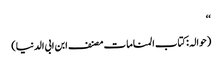
‘‘
(حوالہ :کتاب المناما ت مصنف ابن ابی الدنیا)